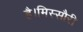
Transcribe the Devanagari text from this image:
है।मिस्सौरी